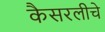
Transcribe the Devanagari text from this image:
कैसरलीचे